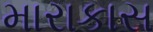
મારાકાસ